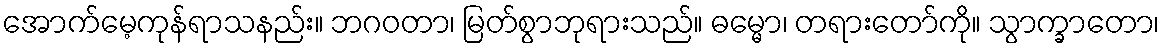
အောက်မေ့ကုန်ရာသနည်း။ ဘဂဝတာ၊ မြတ်စွာဘုရားသည်။ ဓမ္မော၊ တရားတော်ကို။ သွာက္ခာတော၊